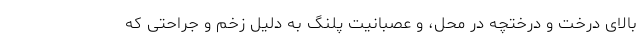
بالای درخت و درختچه در محل، و عصبانیت پلنگ به دلیل زخم و جراحتی که